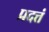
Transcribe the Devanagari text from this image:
प्रदत्तं